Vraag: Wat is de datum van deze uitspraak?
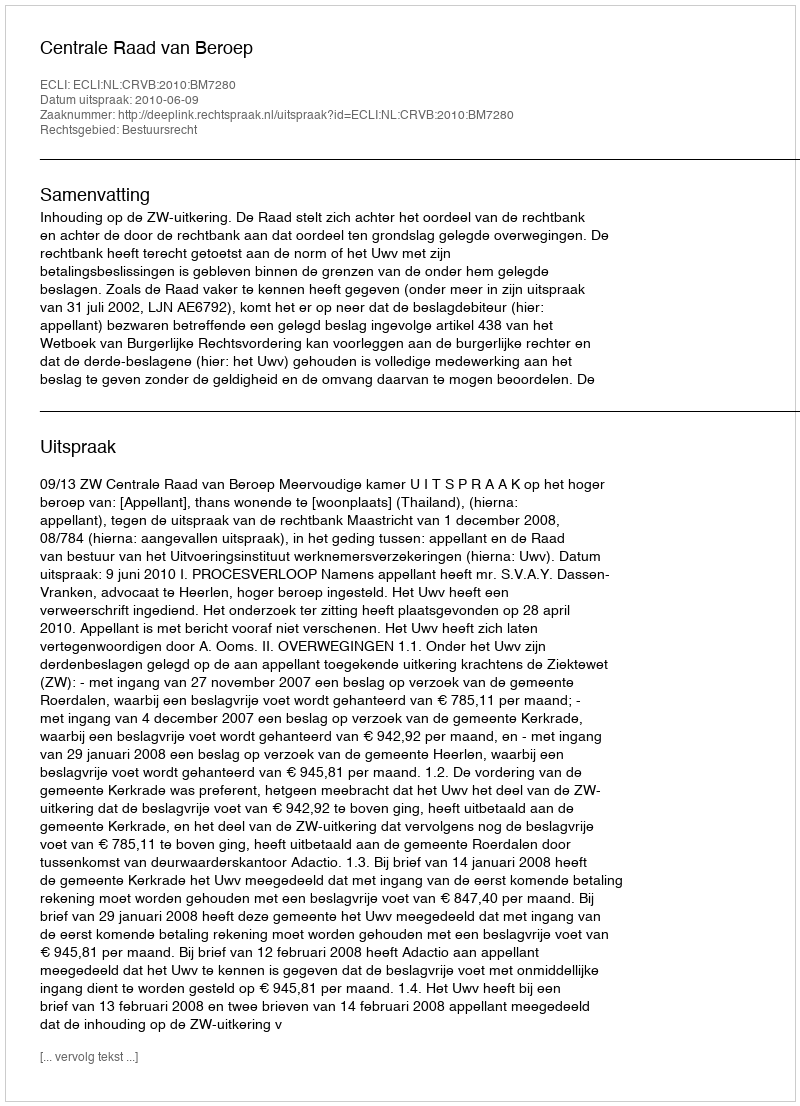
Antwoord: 2010-06-09